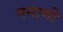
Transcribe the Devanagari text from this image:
मसामी